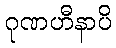
ဂုဏဟီနာပိ